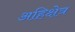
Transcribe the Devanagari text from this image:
अहिक्षेत्र